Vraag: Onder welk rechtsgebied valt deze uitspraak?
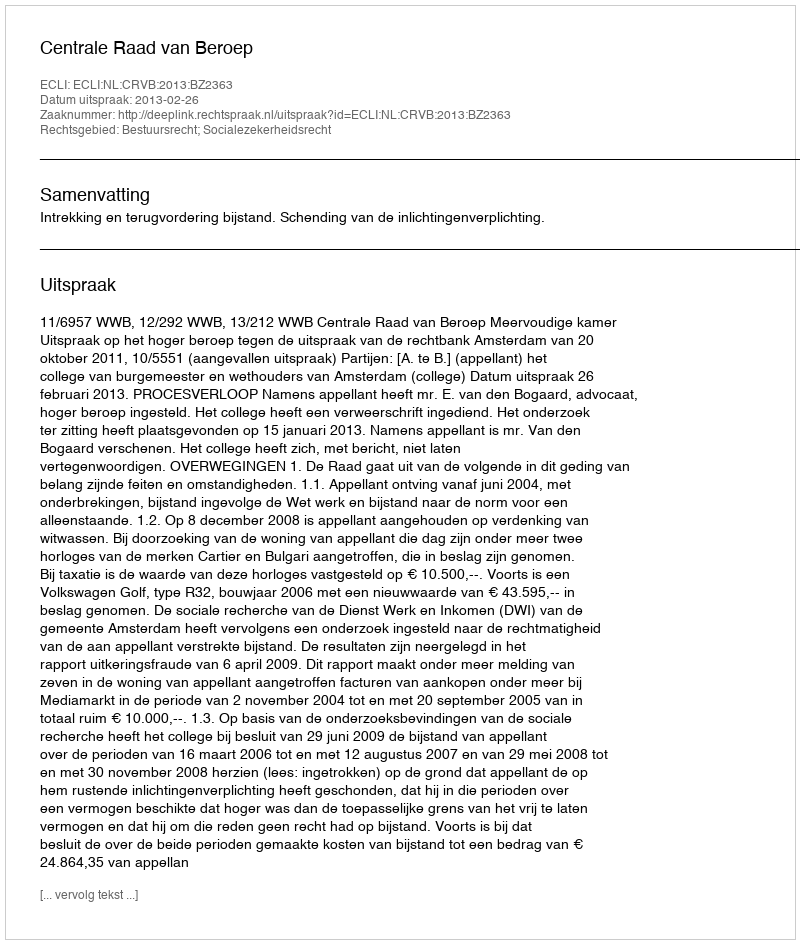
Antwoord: Bestuursrecht; Socialezekerheidsrecht